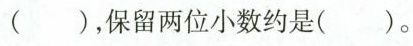
( )，保留两位小数约是( )。